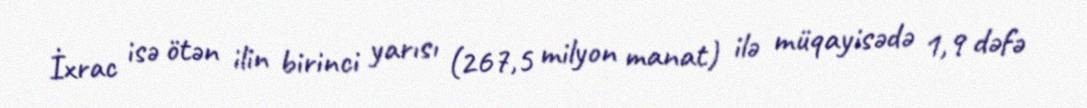
İxrac isə ötən ilin birinci yarısı (267,5 milyon manat) ilə müqayisədə 1,9 dəfə